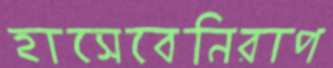
হাসেবেনিরাপ